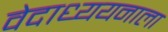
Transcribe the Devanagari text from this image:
वेदाध्ययनाला